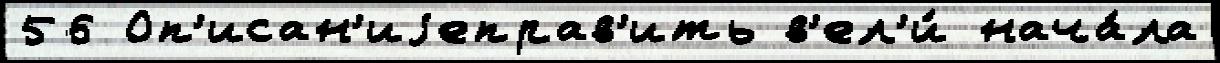
56 Оп'исан'иjеправ'ить в'ел'и́ нача́ла